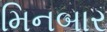
મિનબાર